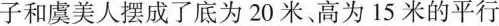
子和虞美人摆成了底为20米、高为15米的平行